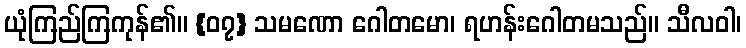
ယုံကြည်ကြကုန်၏။ {၀၇} သမဏော ဂေါတမော၊ ရဟန်းဂေါတမသည်။ သီလဝါ၊